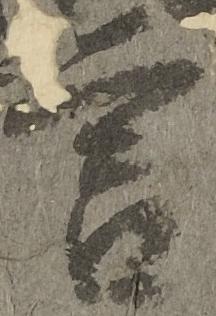
言